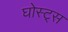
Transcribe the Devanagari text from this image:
घोस्ट्‌स